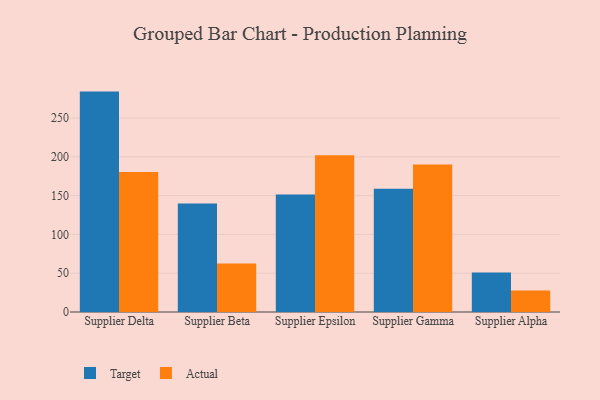
{"axis": {"x": "Supplier", "y": "Net Income (USD K)"}, "legend": ["Actual", "Target"], "data": [{"x": "Supplier Delta", "y": 284.1, "type": "Target"}, {"x": "Supplier Delta", "y": 180.4, "type": "Actual"}, {"x": "Supplier Beta", "y": 140.0, "type": "Target"}, {"x": "Supplier Beta", "y": 62.5, "type": "Actual"}, {"x": "Supplier Epsilon", "y": 151.4, "type": "Target"}, {"x": "Supplier Epsilon", "y": 202.1, "type": "Actual"}, {"x": "Supplier Gamma", "y": 158.8, "type": "Target"}, {"x": "Supplier Gamma", "y": 190.1, "type": "Actual"}, {"x": "Supplier Alpha", "y": 51.0, "type": "Target"}, {"x": "Supplier Alpha", "y": 27.8, "type": "Actual"}]}